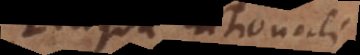
Lingua rationali.